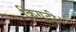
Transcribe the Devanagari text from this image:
किगूटी।